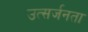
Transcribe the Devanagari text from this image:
उत्सर्जनता